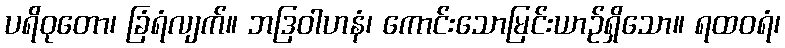
ပရိဝုတော၊ ခြံရံလျက်။ ဘဒြဝါဟနံ၊ ကောင်းသောမြင်းယာဉ်ရှိသော။ ရထဝရံ၊